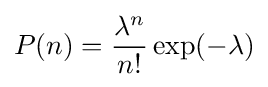
P(n)={\frac {\lambda ^{n}}{n!}}\exp(-\lambda )